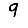
Digit: 9